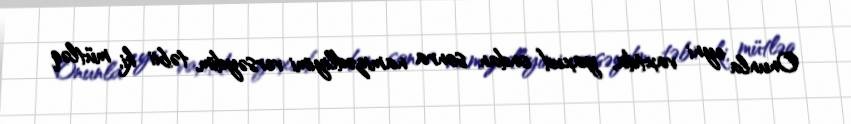
Onunla eyni vaxtda, yaxud ondan sonra namizədliyimi versəydim, təbii ki, mütləq